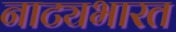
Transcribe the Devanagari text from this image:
नाट्यभारत